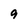
Character: 9